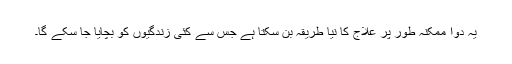
یہ دوا ممکنہ طور پر علاج کا نیا طریقہ بن سکتا ہے جس سے کئی زندگیوں کو بچایا جا سکے گا۔